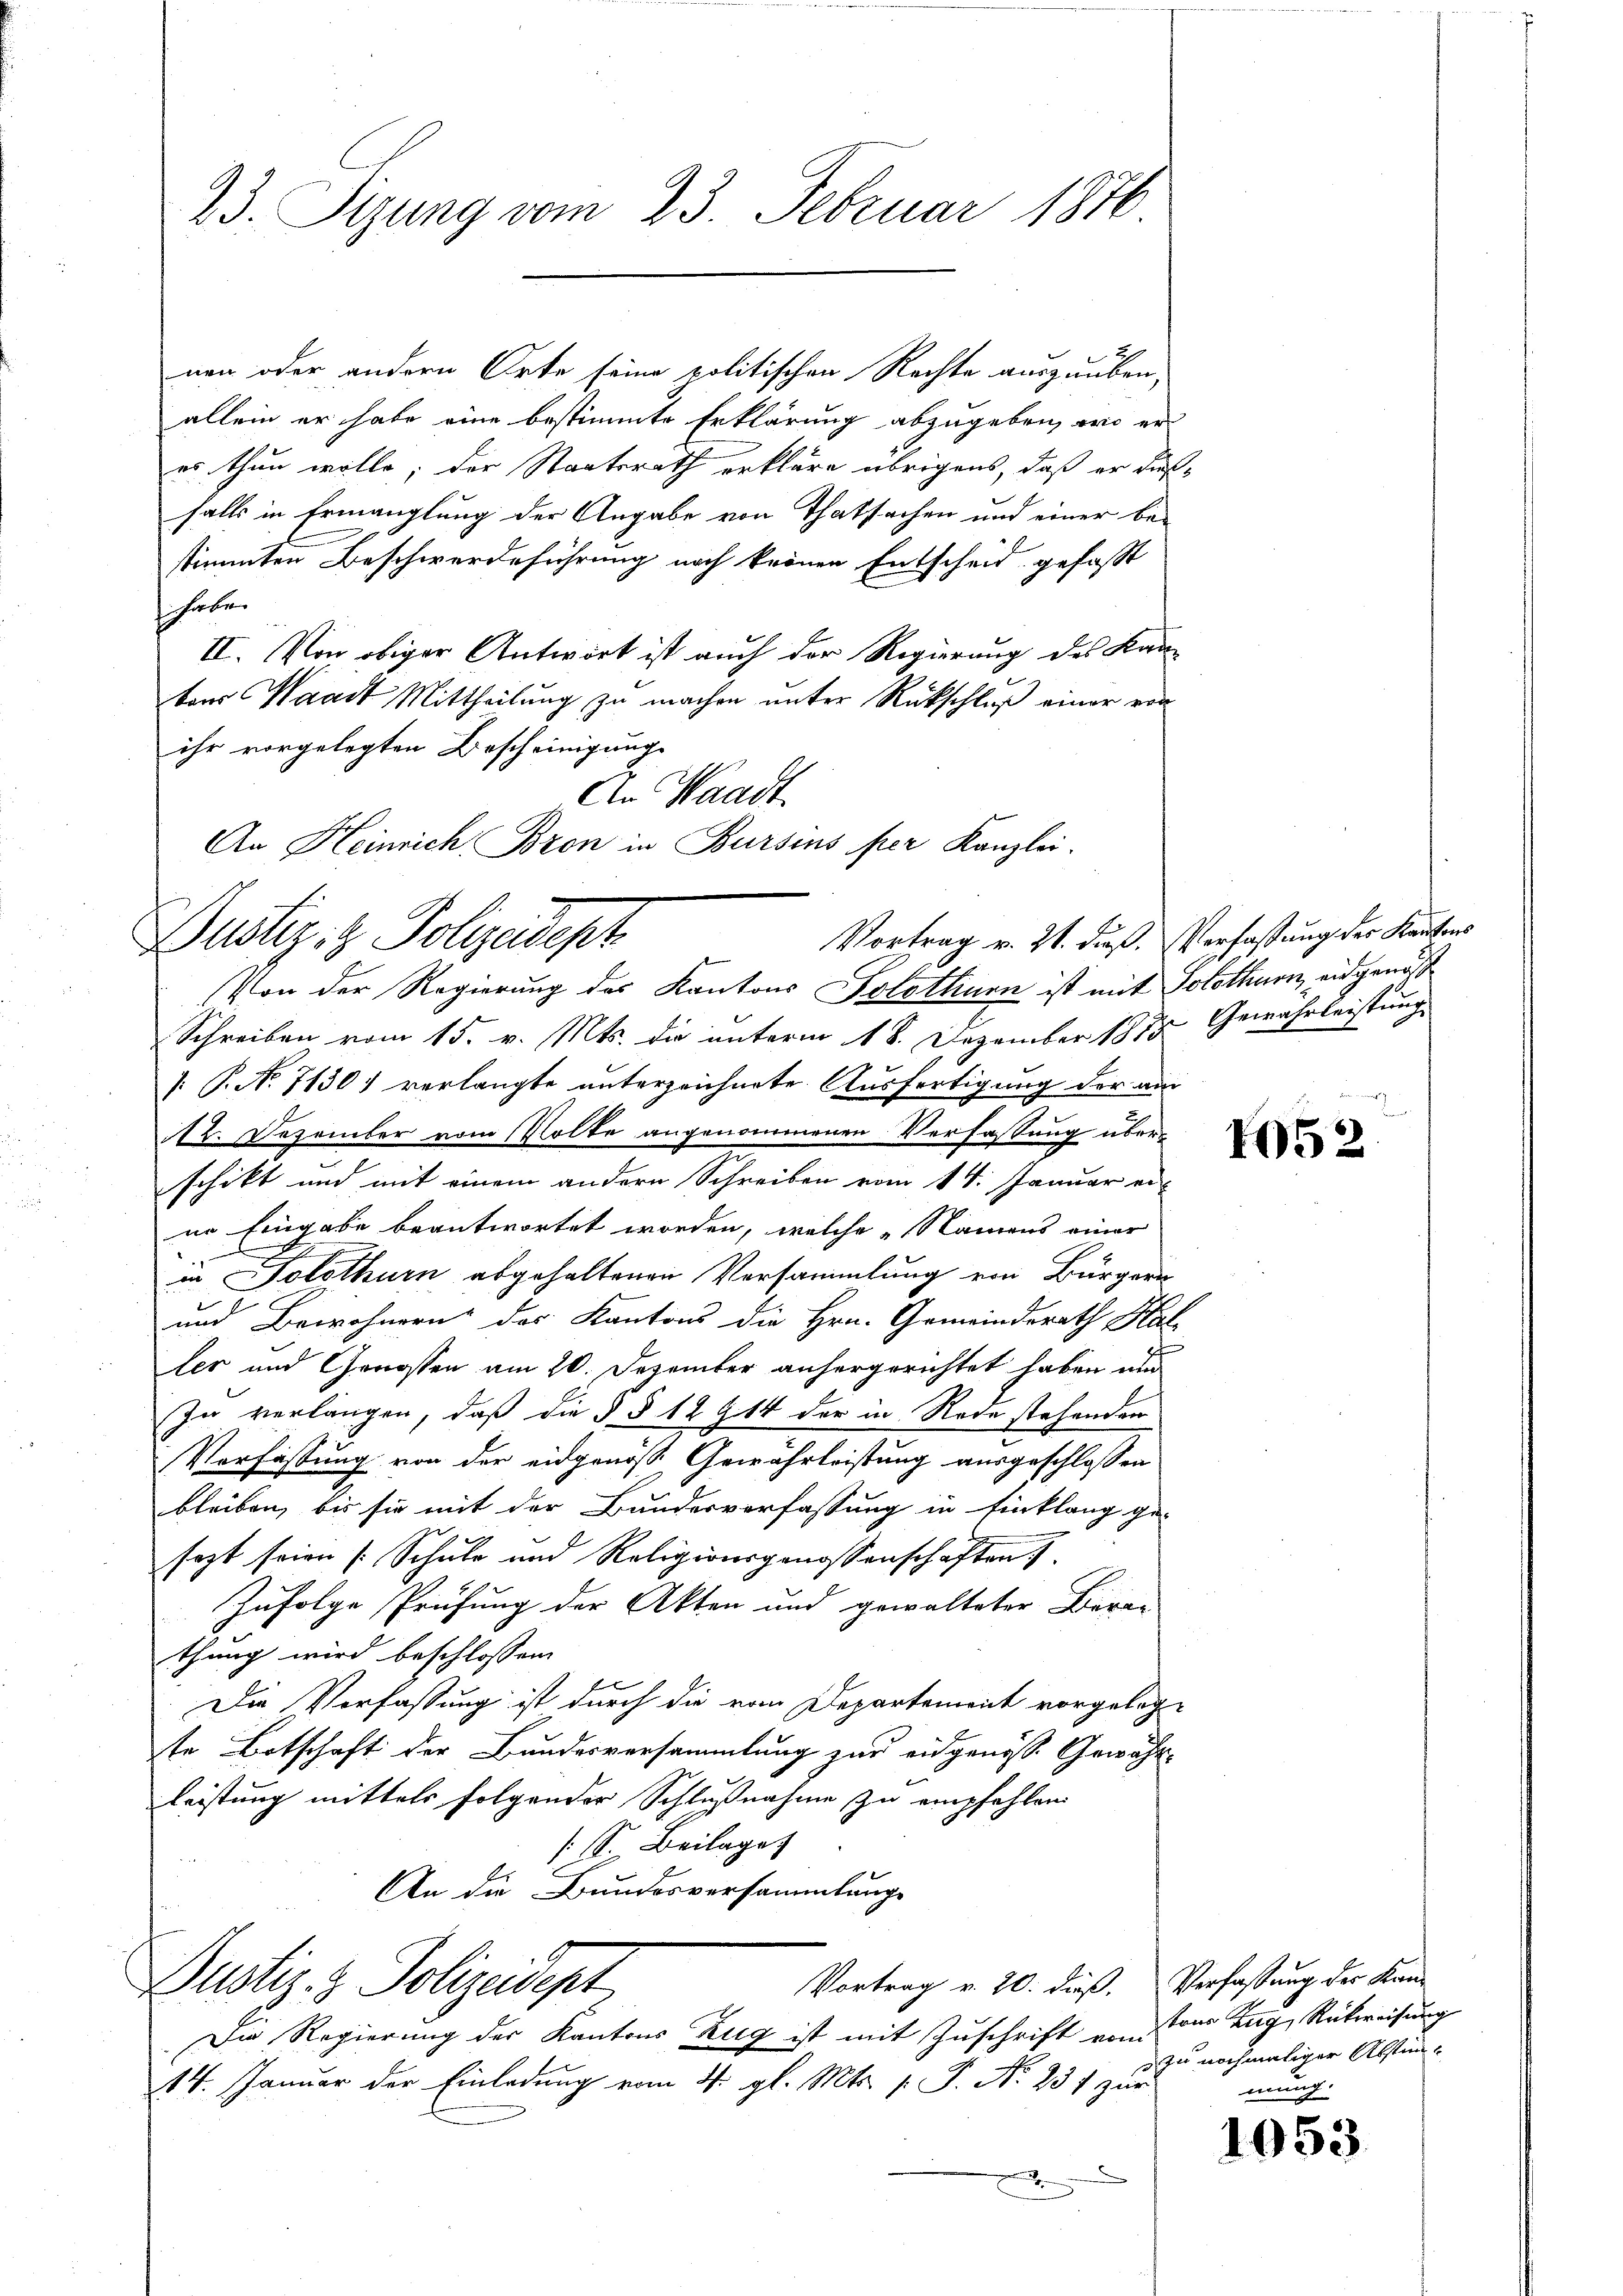
23. Sitzung vom 23. Februar 1876

nen oder andern Orte seine politischen Rechte auszuüben,
allein er habe eine bestimmte Erklärung abzugeben, wo er
es thun wolle; der Staatsrath erkläre übrigens, daß er dießfalls in Ermanglung der Angabe von Thatsachen und einer be-
stimmten Beschwerdeführung noch krönen Entscheid gefasst
sc habe.
II. Von obiger Antwort ist auch der Regierung des Kanton Waadt Mittheilung zu machen unter Rückschluß einer von
ihr vorgelegten Bescheinigung
Vortrag v. 21. dieß. Verfassung des Kantons
Von der Regierung des Kantons Solothurn ist mit Solothurn, eidgenoß
Schreiben vom 15. v. Mts. die unterm 18. Dezember 1875. Gewährleistung
[ P. No 71301 verlangte unterzeichnete Ausfertigung der am
A12. Dezember vom Volke angenommenen Verfassung überschikt und mit einem andern Schreiben vom 14. Januar er-
ne Eingabe beantwortet worden, welche „Namens einer
in Solothurn abgehaltenen Versammlung von Bürgern
und Bewohnern des Kantons die Hrn. Gemeinderath Hal
t
ler und Genossen am 20. Dezember anhergerichtet haben und
In verlangen, daß die § § 12 § 14 der in Rede stehenden
Verfassung von der eidgenöß Gewährleistung ausgeschlossen
bleiben, bis sie mit der Bundesverfassung in Einklang ge-
sagt seien (: Schule und Religionsgenossenschaften
Zufolge Prüfung der Akten und gewalteter Berathung wird beschlossen

Die Verfassung ist durch die vom Departement vorgelege
te Botschaft der Bundesversammlung zur eidgenöss. Gewähr-
leistung mittels folgender Schlußnahme zu empfehlen.
[S. Beilage
An die Bundesversammlunge
Vortrag v. 20. dieß. Verfassung der Kan¬
Justiz- & Polizeidept
Die Regierung der Kantons Zug ist mit Zuschrift vom
14. Januar der Einladung vom 4. gl. Mts. p. P. Nr. 231 zur
x
x

An Waadt.
An Heinrich Bron in Bursins per Kanzlei.
Dustiz & Polizeidept

1052

tons Zug, Rückweisung
zu nochmaliger Abstimmung.

1053.